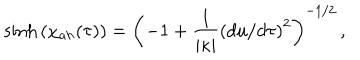
\sinh { ( \chi _ { a h } ( \tau ) ) } = \left( - 1 + { \frac { 1 } { \vert \kappa \vert } } \left( d u / d \tau \right) ^ { 2 } \right) ^ { - 1 / 2 } \, ,